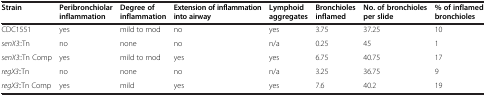
| Strain | Peribronchiolar inflammation | Degree of inflammation | Extension of inflammation into airway | Lymphoid aggregates | Bronchioles inflamed | No. of bronchioles per slide | % of inflamed bronchioles |
 | --- | --- | --- | --- | --- | --- | --- | --- |
 | CDC1551 | yes | mild to mod | no | yes | 3.75 | 37.25 | 10 |
 | senX3::Tn | no | none | no | n/a | 0.25 | 45 | 1 |
 | senX3::Tn Comp | yes | mild to mod | yes | yes | 6.75 | 40.75 | 17 |
 | regX3::Tn | no | none | no | n/a | 3.25 | 36.75 | 9 |
 | regX3::Tn Comp | yes | mild | yes | yes | 7.6 | 40.2 | 19 |